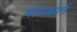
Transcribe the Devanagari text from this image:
पोपकोर्न